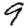
Digit: 9